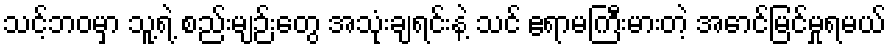
သင့်ဘဝမှာ သူ့ရဲ့ စည်းမျဉ်းတွေ အသုံးချရင်းနဲ့ သင် ဧရာမကြီးမားတဲ့ အောင်မြင်မှုရမယ်